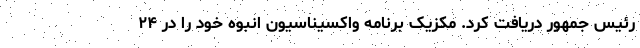
رئیس جمهور دریافت کرد. مکزیک برنامه واکسیناسیون انبوه خود را در ۲۴